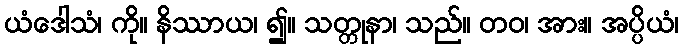
ယံဒေါသံ၊ ကို။ နိဿာယ၊ ၍။ သတ္တုနာ၊ သည်။ တဝ၊ အား။ အပ္ပိယံ၊